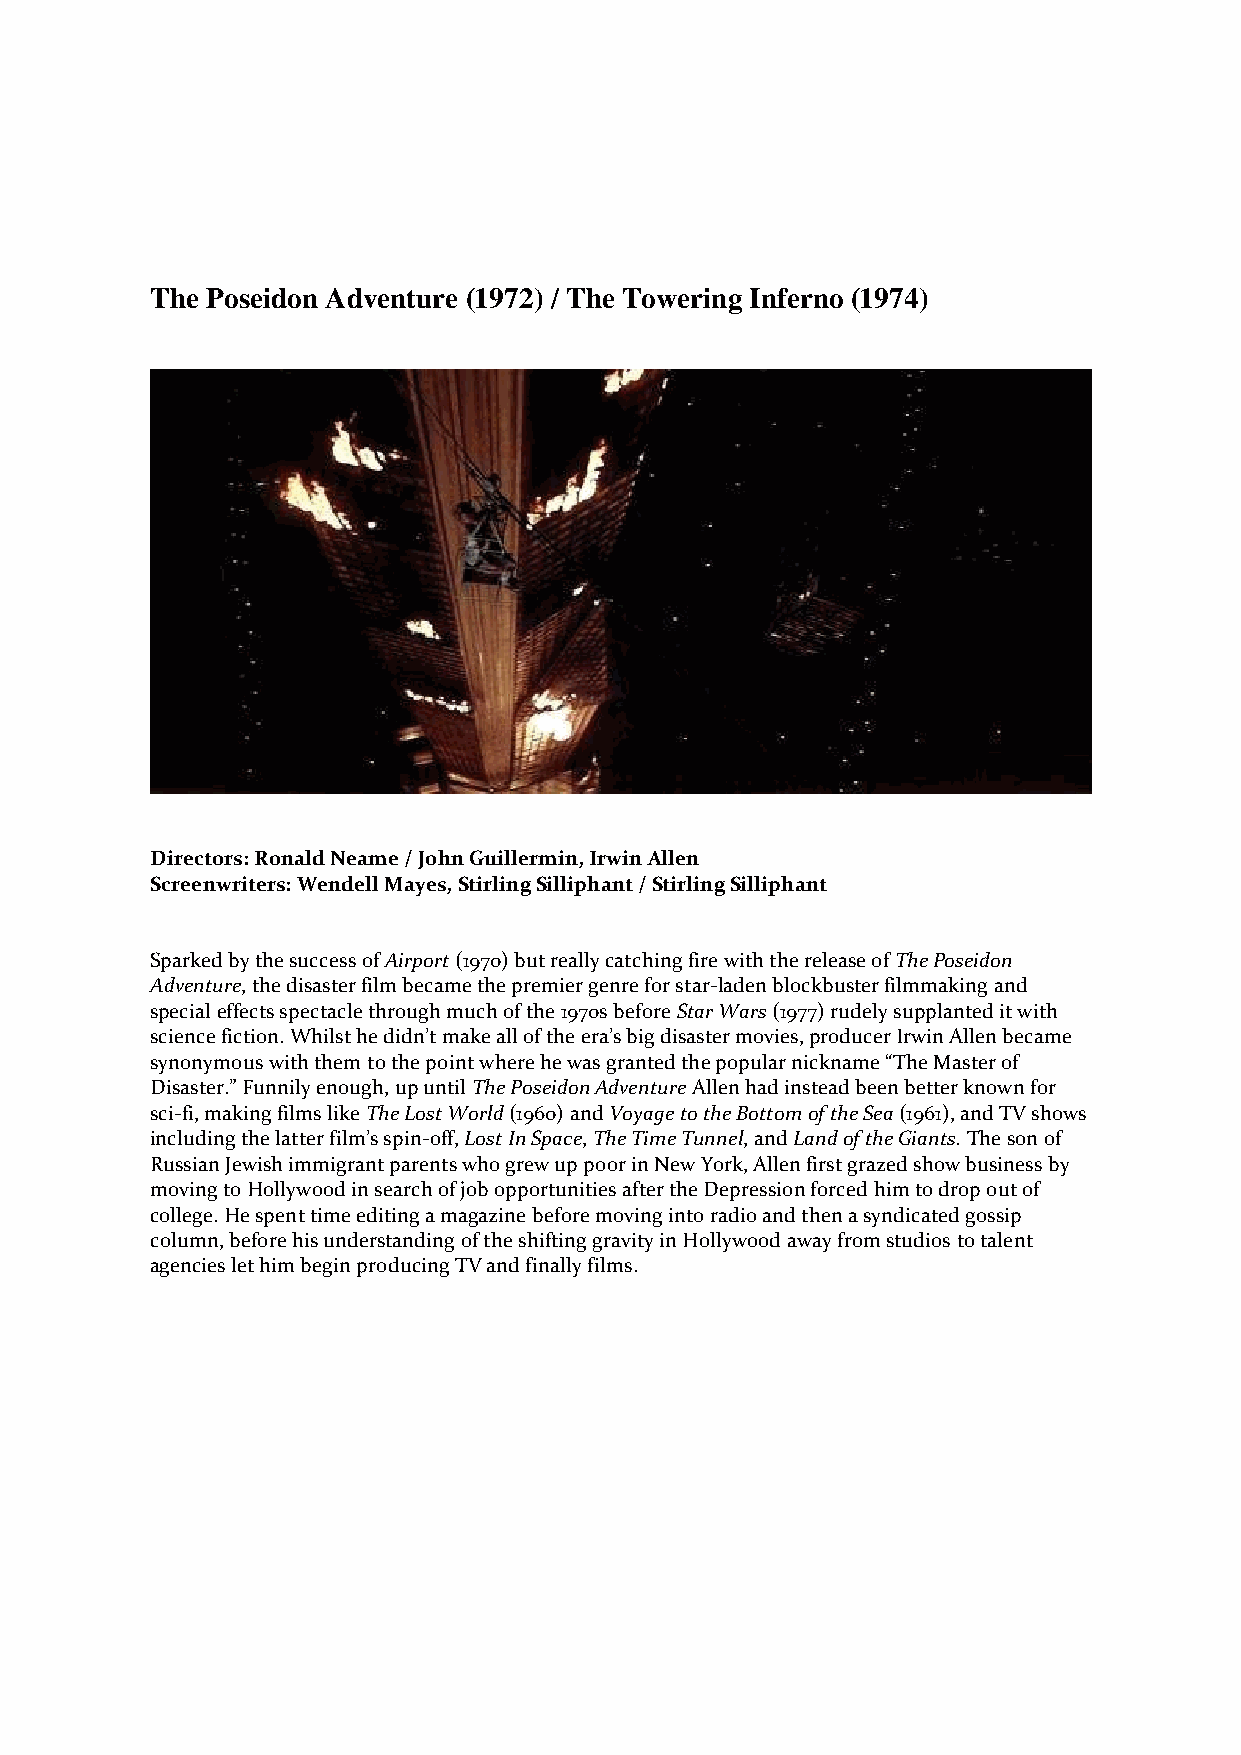
The Poseidon Adventure (1972) / The Towering Inferno (1974)
 Directors: Ronald Neame / John Guillermin, Irwin Allen
 Screenwriters: Wendell Mayes, Stirling Silliphant / Stirling Silliphant
 Sparked by the success of Airport (1970) but really catching fire with the release of The Poseidon
 Adventure, the disaster film became the premier genre for star-laden blockbuster filmmaking and
 special effects spectacle through much of the 1970s before Star Wars (1977) rudely supplanted it with
 science fiction. Whilst he didn’t make all of the era’s big disaster movies, producer Irwin Allen became
 synonymous with them to the point where he was granted the popular nickname “The Master of
 Disaster.” Funnily enough, up until The Poseidon Adventure Allen had instead been better known for
 sci-fi, making films like The Lost World (1960) and Voyage to the Bottom of the Sea (1961), and TV shows
 including the latter film’s spin-off, Lost In Space, The Time Tunnel, and Land of the Giants. The son of
 Russian Jewish immigrant parents who grew up poor in New York, Allen first grazed show business by
 moving to Hollywood in search of job opportunities after the Depression forced him to drop out of
 college. He spent time editing a magazine before moving into radio and then a syndicated gossip
 column, before his understanding of the shifting gravity in Hollywood away from studios to talent
 agencies let him begin producing TV and finally films.